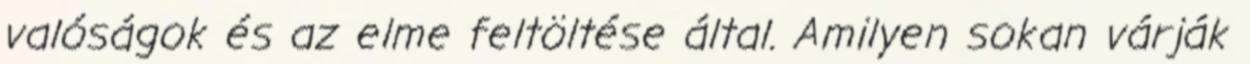
valóságok és az elme feltöltése által. Amilyen sokan várják